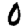
Digit: 0